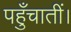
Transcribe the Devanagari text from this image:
पहुँचातीं।